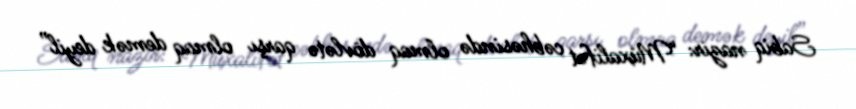
Sabiq nazir: “Müxalifət cəbhəsində olmaq dövlətə qarşı olmaq demək deyil”